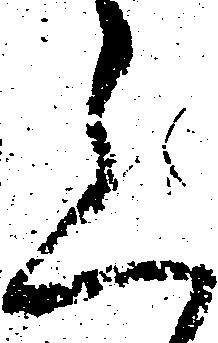
上